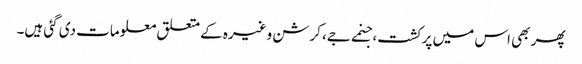
پھر بھی اس میں پرکشت، جنمے جے، کرشن وغیرہ کے متعلق معلومات دی گئی ہیں۔